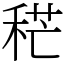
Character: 䅒